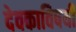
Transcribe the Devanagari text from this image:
देवकाविषयी